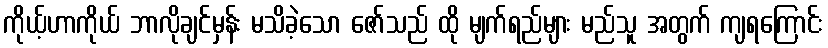
ကိုယ့်ဟာကိုယ် ဘာလိုချင်မှန်း မသိခဲ့သော ဇော်သည် ထို မျက်ရည်များ မည်သူ အတွက် ကျရကြောင်း